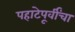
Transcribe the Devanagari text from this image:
पहाटेपूर्वींचा